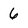
Character: 6